Report of the Indian Hemp Drugs Commission, 1894-1895 - Volume V
Year: 1894
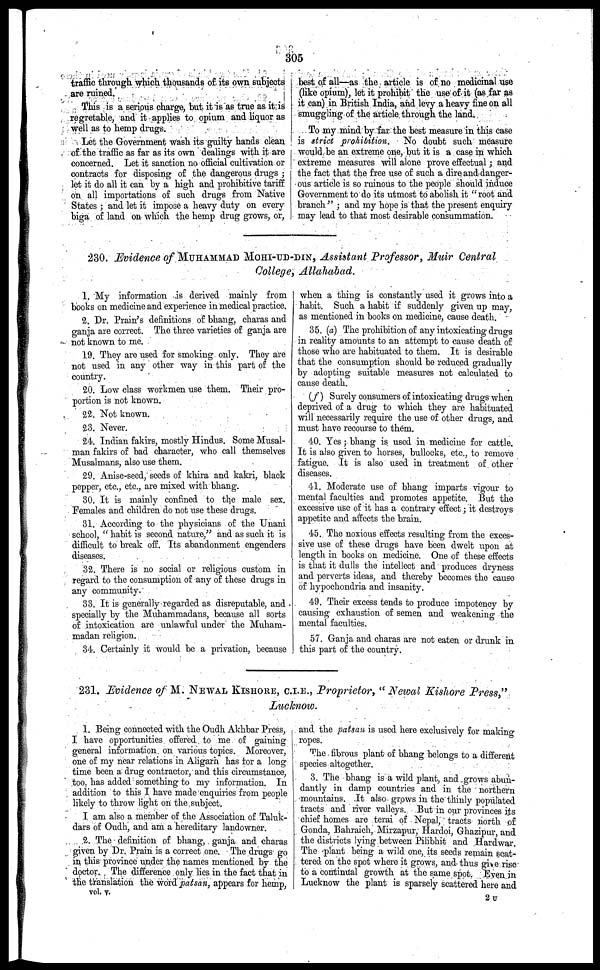
305
traffic through which thousands of its own subjects
are ruined.
This is a serious charge, but it is as true as it is
regretable, and it applies to opium and liquor as
well as to hemp drugs.
Let the Government wash its guilty hands clean
of the traffic as far as its own dealings with it are
concerned. Let it sanction no official cultivation or
contracts for disposing of the dangerous drugs;
let it do all it can by a high and prohibitive tariff
on all importations of such drugs from Native
States; and let it impose a heavy duty on every
biga of land on which the hemp drug grows, or,
best of all—as the article is of no medicinal use
(like opium), let it prohibit the use of it (as far as
it can) in British India, and levy a heavy fine on all
smuggling of the article through the land.
To my mind by far the best measure in this case
is strict prohibition.
No doubt such measure
would be an extreme one, but it is a case in which
extreme measures will alone prove effectual; and
the fact that the free use of such a dire and danger-
ous article is so ruinous to the people should induce
Government to do its utmost to abolish it "root and
branch"; and my hope is that the present enquiry
may lead to that most desirable consummation.
230. Evidence of MUHAMMAD MOHI-UD-DIN, Assistant Professor, Muir Central
College, Allahabad.
1. My information is derived mainly from
books on medicine and experience in medical practice.
2. Dr. Prain's definitions of bhang, charas and
ganja are correct. The three varieties of ganja are
not known to me.
19. They are used for smoking only. They are
not used in any other way in this part of the
country.
20. Low class workmen use them. Their pro-
portion is not known.
22. Not known.
23. Never.
24. Indian fakirs, mostly Hindus. Some Musal-
man fakirs of bad character, who call themselves
Musalmans, also use them.
29. Anise-seed, seeds of khira and kakri, black
pepper, etc., etc., are mixed with bhang.
30. It is mainly confined to the male sex.
Females and children do not use these drugs.
31. According to the physicians of the Unani
school, "habit is second nature," and as such it is
difficult to break off. Its abandonment engenders
diseases.
32. There is no social or religious custom in
regard to the consumption of any of these drugs in
any community.
33. It is generally regarded as disreputable, and
specially by the Muhammadans, because all sorts
of intoxication are unlawful under the Muham-
madan religion.
34. Certainly it would be a privation, because
when a thing is constantly used it grows into a
habit. Such a habit if suddenly given up may,
as mentioned in books on medicine, cause death.
35. (a) The prohibition of any intoxicating drugs
in reality amounts to an attempt to cause death of
those who are habituated to them. It is desirable
that the consumption should bo reduced gradually
by adopting suitable measures not calculated to
cause death.
(f) Surely consumers of intoxicating drugs when
deprived of a drug to which they are habituated
will necessarily require the use of other drugs, and
must have recourse to them.
40. Yes; bhang is used in medicine for cattle.
It is also given to horses, bullocks, etc., to remove
fatigue. It is also used in treatment of other
diseases.
41. Moderate use of bhang imparts vigour to
mental faculties and promotes appetite. But the
excessive use of it has a contrary effect; it destroys
appetite and affects the brain.
45. The noxious effects resulting from the exces-
sive use of these drugs have been dwelt upon at
length in books on medicine. One of these effects
is that it dulls the intellect and produces dryness
and perverts ideas, and thereby becomes the cause
of hypochondria and insanity.
49. Their excess tends to produce impotency by
causing exhaustion of semen and weakening the
mental faculties.
57. Ganja and charas are not eaten or drunk in
this part of the country.
231. Evidence of M. NEWAL KISHORE, C.I.E., Proprietor, "Newal Kishore Press,"
Lucknow.
1. Being connected with the Oudh Akhbar Press,
I have opportunities offered to me of gaining
general information on various topics. Moreover,
one of my near relations in Aligarh has tor a long
time been a drug contractor, and this circumstance,
too has added something to my information. In
addition to this I have made enquiries from people
likely to throw light on the subject.
I am also a member of the Association of Taluk-
dars of Oudh, and am a hereditary landowner.
2. The definition of bhang, ganja and charas
given by Dr. Prain is a correct one. The drugs go
in this province under the names mentioned by the
doctor. The difference only lies in the fact that in
the translation the word patsan, appears for hemp,
vol. v.
and the patsan is used here exclusively for making
ropes.
The fibrous plant of bhang belongs to a different
species altogether.
3. The bhang is a wild plant, and grows abun-
dantly in damp countries and in the northern
mountains. It also grows in the thinly populated
tracts and river valleys. But in our provinces its
chief homes are terai of Nepal, tracts north of
Gonda, Bahraich, Mirzapur, Hardoi, Ghazipur, and
the districts ying between Pilibhit and Hardwar.
The plant being a wild one, its seeds remain scat-
tered on the spot where it grows, and thus give rise
to a continual growth at the same spot. Even in
Lucknow the plant is sparsely scattered here and
2 U